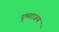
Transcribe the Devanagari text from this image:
दुष्पराजय